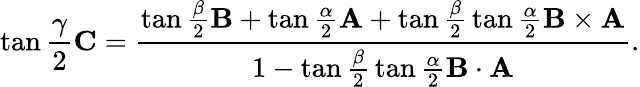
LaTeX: \tan{\frac{\gamma}{2}}\mathbf{C}={\frac{\tan{\frac{\beta}{2}}\mathbf{B}+\tan{\frac{\alpha}{2}}\mathbf{A}+\tan{\frac{\beta}{2}}\tan{\frac{\alpha}{2}}\mathbf{B}\times\mathbf{A}}{1-\tan{\frac{\beta}{2}}\tan{\frac{\alpha}{2}}\mathbf{B}\cdot\mathbf{A}}}.